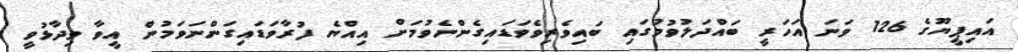
އައިޕީޔޫގެ 126 ވަނަ އަހަރީ ބައްދަލުވުމުގައި ބައިވެރިވެވަޑައިގެންނެވުމަށް އިއްޔެ ފުރާވަޑައިގަންނަވަމުން އީވާ ވިދާޅުވީ